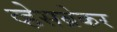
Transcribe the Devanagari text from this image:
व्हेसब्रेकर